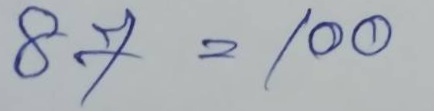
87 = 100